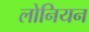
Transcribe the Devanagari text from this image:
लोनियन